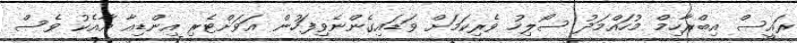
ރައީސް އިބްރާހިމް މުހައްމަދު ސޯލިހު ވެރިކަމަށް ވަޑައިގެންނެވިފަހުން އަވަށްޓެރި އިންޑިއާ އާއެކު ވެސް